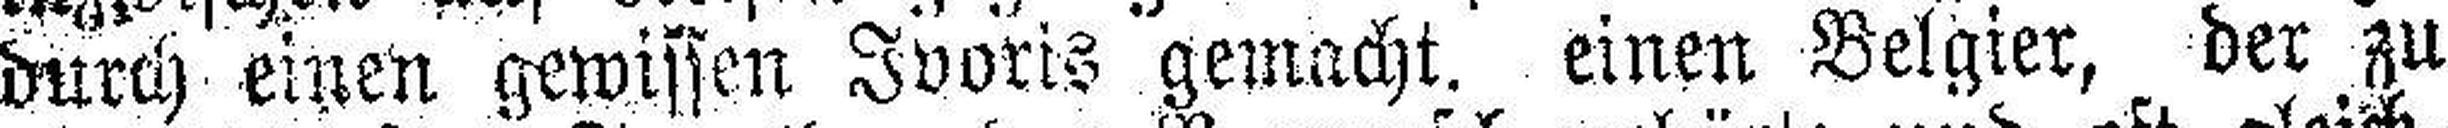
durch einen gewissen Ivoris gemacht, einen Belgier, der zu